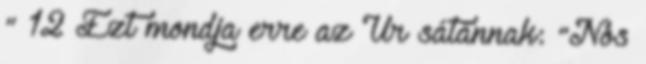
" 12 Ezt mondja erre az Úr sátánnak: "Nos